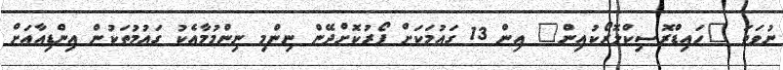
ނުވަތަ "ހައިޑްރޮސިކްލޮރޯކުއިން" އިން 13 ގައުމަކަށް ފޯރުކޮށްދޭން ނިންމި ނިންމުމާއެކު ގައުމުތަކުން އިންޑިއާއަށް